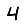
Digit: 4